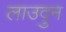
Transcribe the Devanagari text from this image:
लाउदुन